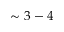
\sim 3 - 4